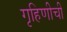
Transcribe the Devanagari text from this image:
गृहिणीची